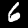
Label: 6